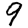
Digit: 9